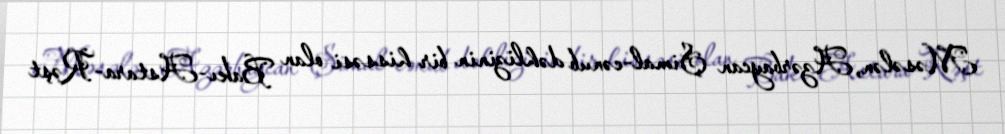
Məsələn, Azərbaycan Şimal-cənub dəhlizinin bir hissəsi olan Bakı-Astara-Rəşt